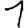
Digit: 1